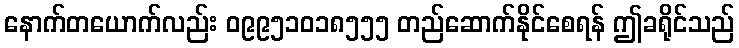
နောက်တယောက်လည်း ၀၉၉၅၁၀၁၈၅၅၅ တည်ဆောက်နိုင်စေရန် ဤခရိုင်သည်